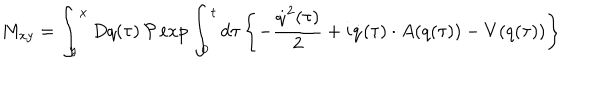
LaTeX: M _ { x y } = \int _ { y } ^ { x } D q ( \tau ) \, { \cal P } \exp \int _ { 0 } ^ { t } d \tau \left\{ - \frac { \dot { q } ^ { 2 } ( \tau ) } { 2 } + i \dot { q } ( \tau ) \cdot A ( q ( \tau ) ) - V ( q ( \tau ) ) \right\}